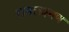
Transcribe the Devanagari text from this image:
रामलक्ष्मण